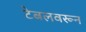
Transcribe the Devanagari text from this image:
टेबलवरून